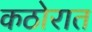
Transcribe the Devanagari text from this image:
कठोरात